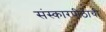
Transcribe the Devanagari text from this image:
संस्कारपीठाची